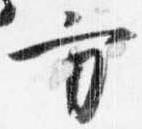
方